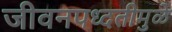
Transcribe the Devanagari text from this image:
जीवनपध्दतीमुळे